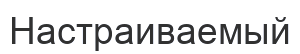
Настраиваемый